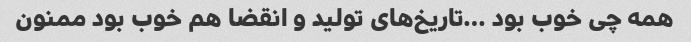
همه چی خوب بود …تاریخ‌های تولید و انقضا هم خوب بود ممنون